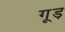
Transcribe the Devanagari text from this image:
गूड़